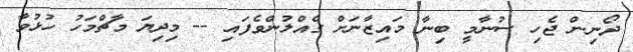
ދޯނިން ޖެހި ސުނާމީ ބިނާ މައިޒާނަށް ގެއްލުންވެފައި -- މިދިޔަ މާޗްމަހު ހުޅުވާ